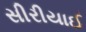
સીરીયાઈ